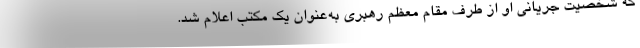
که شخصیت جریانی او از طرف مقام معظم رهبری به‌عنوان یک مکتب اعلام شد.